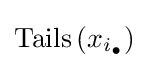
\operatorname {Tails} \left(x_{i_{\bullet }}\right)